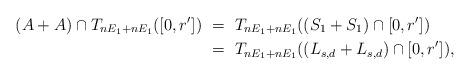
LaTeX: \begin{align*}(A+A) \cap T_{nE_1+nE_1}([0,r']) &\ = \ T_{nE_1+nE_1}((S_1+S_1)\cap [0,r']) \\ &\ = \ T_{nE_1+nE_1}((L_{s,d}+L_{s,d}) \cap [0,r']),\end{align*}